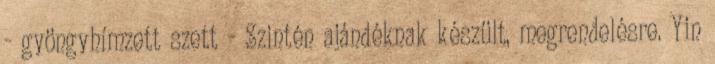
- gyöngyhímzett szett - Szintén ajándéknak készült, megrendelésre. Yin